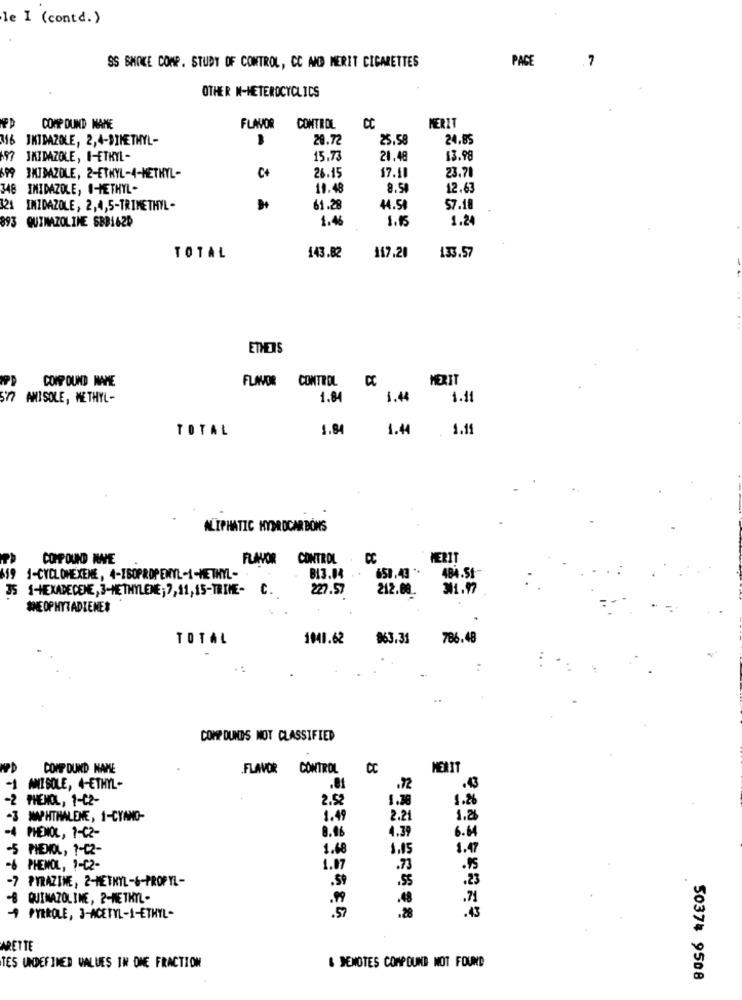
le I (contd.)
PAGE
7
SS SMOKE COMP. STUDY OF CONTROL, CC AND MERIT CIGARETTES
OTHER N-HETEROCYCLICS
COMP OUND NAME
FLAVOR
CONTROL
MERIT
JKIDAZOLE, 2,4-DIMETHYL-
29.72
25.58
24.85
97 JMIDAZOLE, I-ETKYL-
15.73
21.48
13.99
0+
23.71
IMIDAZOLE, 2-ETHYL-4-METHYL-
26.15
17.10
448 IMIDAZOLE, I-METHYL-
10.48
8.5
12.63
121
IMIDAZOLE, 2,4,5-TRIMETHYL -
61.28
44.54
57.18
1.4
1.15
1.2
893 QUIMAZOLINE SBB162D
TOTAL
143.82
117.20
133.57
ETHERS
COMP OUND NAME
FLAVOR CONTROL CC
MERIT
sn
ANISOLE, METHYL-
1.84
1.44
1.11
TOTAL
1.84
1.44
1.15
ALIPHATIC HYDROCARBONS
FLAVOR
CONTROL . CC
MERIT
658.43 **
484.51-
159
1-CYCLOHEXENE, 4-ISOPROPENYL-1-METHYL-
B13.04 ..
35 1-HEXADECENE, 3-METHYLENE ; 7, 11, 15-TRIME- C.
227.57
212.00.
311.97
*ME OPHYTADIENE#
TOTAL
1041.62
963.31
786.48
COMP DUNDS MOT CLASSIFIED
COMP DUND NAME
FLAVOR CONTROL
MERIT
AMIE SOLE, 4-ETHYL-
.81
.72
.43
-2 PHENOL, 1-CZ-
2.52
1.38
1.26
-3 NAPHTHALENE, 1-CYANO-
1.49
2.21
1.8
8.46
4.39
-4 PHENOL, 1-02-
6.H
-5 PHENOL, ?- C2-
1.68
1.05
1.47
-6 PHENOL, 1-C2-
1.87
.73
.75
-7 PYRAZINE, 2-METHYL-6-PROPYL-
.55
.23
-8 QUINAZOLINE, 2-METHYL-
.99
.48
.71
-4 PYRROLE, 3-ACETYL-1-ETHYL-
.57
.28
.43
ARETTE
TES UNDEFINED VALUES IN ONE FRACTION
& DENOTES COMPOUND NOT FOUND
5037# 9508